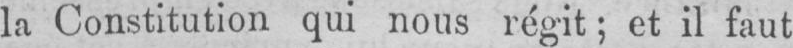
la Constitution qui nous régit; et il faut